Annual report on the lock hospitals of the Madras Presidency
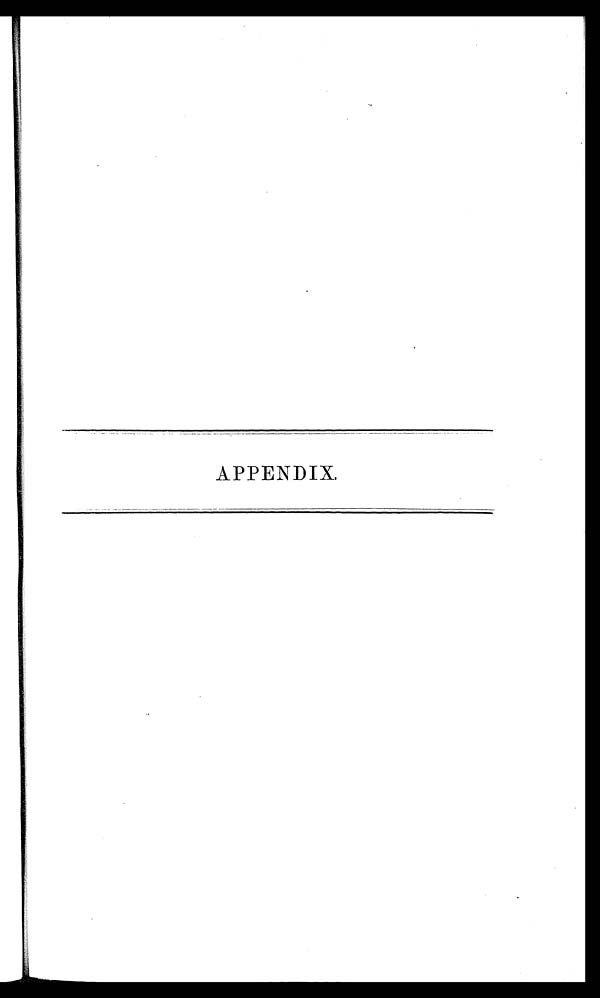
APPENDIX.